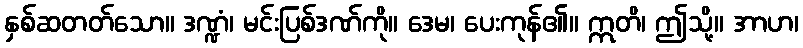
နှစ်ဆတတ်သော။ ဒဏ္ဍံ၊ မင်းပြစ်ဒဏ်ကို။ ဒေမ၊ ပေးကုန်၏။ ဣတိ၊ ဤသို့။ အာဟ၊